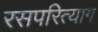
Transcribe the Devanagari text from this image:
रसपरित्याग